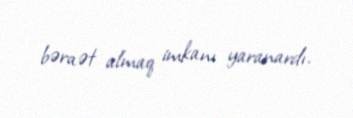
bəraət almaq imkanı yaranardı.